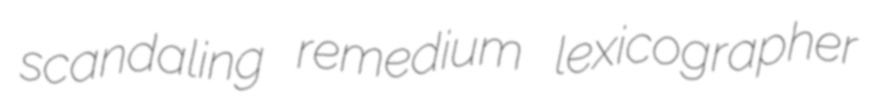
scandaling remedium lexicographer